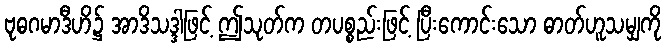
ဗုဓဂမာဒီဟိ၌ အာဒိသဒ္ဒါဖြင့် ဤသုတ်က တပစ္စည်းဖြင့် ပြီးကောင်းသော ဓာတ်ဟူသမျှကို